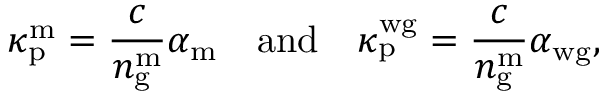
\kappa _ { \mathrm { p } } ^ { \mathrm { m } } = \frac { c } { n _ { \mathrm { g } } ^ { \mathrm { m } } } \alpha _ { \mathrm { m } } \quad \mathrm { a n d } \quad \kappa _ { \mathrm { p } } ^ { \mathrm { w g } } = \frac { c } { n _ { \mathrm { g } } ^ { \mathrm { m } } } \alpha _ { \mathrm { w g } } ,